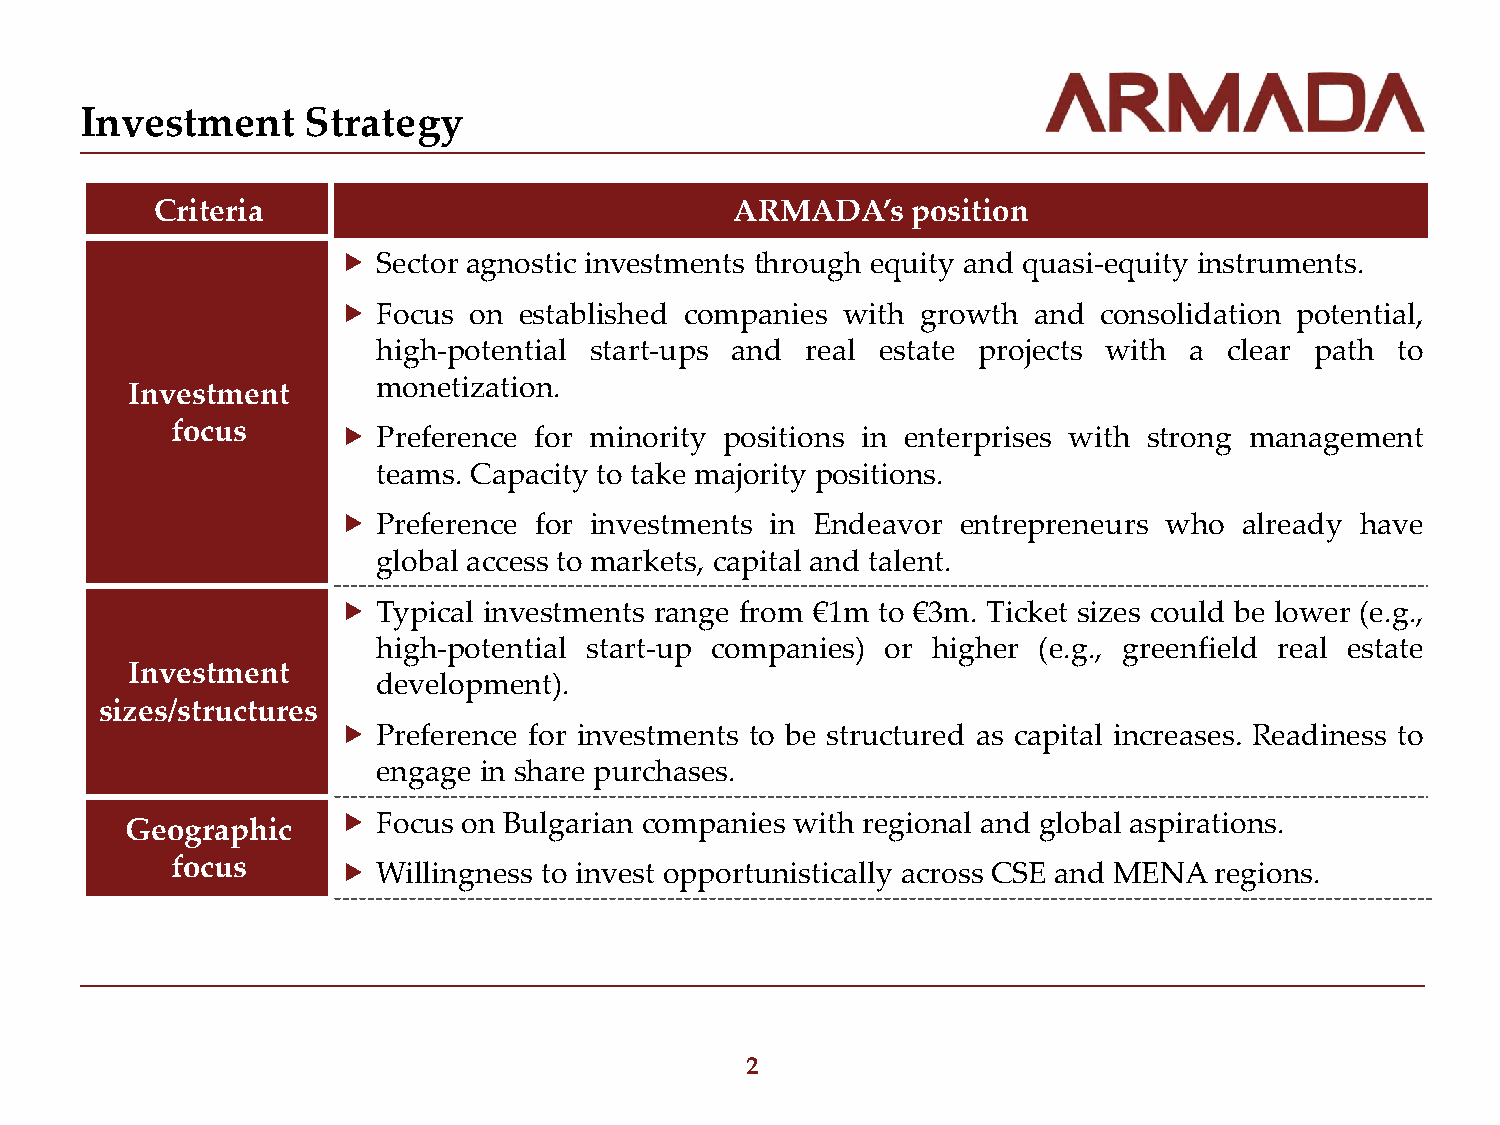
Investment     Strategy
 Criteria                               ARMADA’s   position
   Sector agnostic investments through equity and quasi-equity instruments.
   Focus on established companies with growth and  consolidation potential,
 high-potential start-ups and real estate projects with a clear path to
 monetization.
 Investment
 focus        Preference for minority positions in enterprises with strong management
 teams. Capacity to take majority positions.
   Preference for investments in Endeavor entrepreneurs who already have
 global access to markets, capital and talent.
   Typical investments range from €1m to €3m. Ticket sizes could be lower (e.g.,
 high-potential start-up companies) or higher (e.g., greenfield real estate
 Investment
 development).
 sizes/structures
   Preference for investments to be structured as capital increases. Readiness to
 engage in share purchases.
   Focus on Bulgarian companies with regional and global aspirations.
 Geographic
 focus        Willingness to invest opportunistically across CSE and MENA regions.
 2